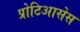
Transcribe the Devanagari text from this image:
प्रोटिआसेस